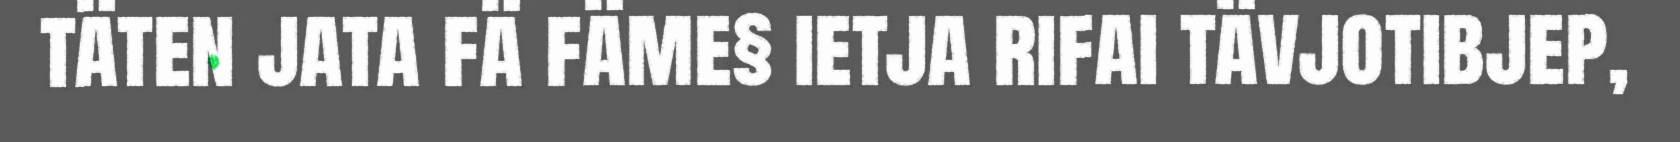
täten jata fä fäme§ ietja rifai tävjotibjep,